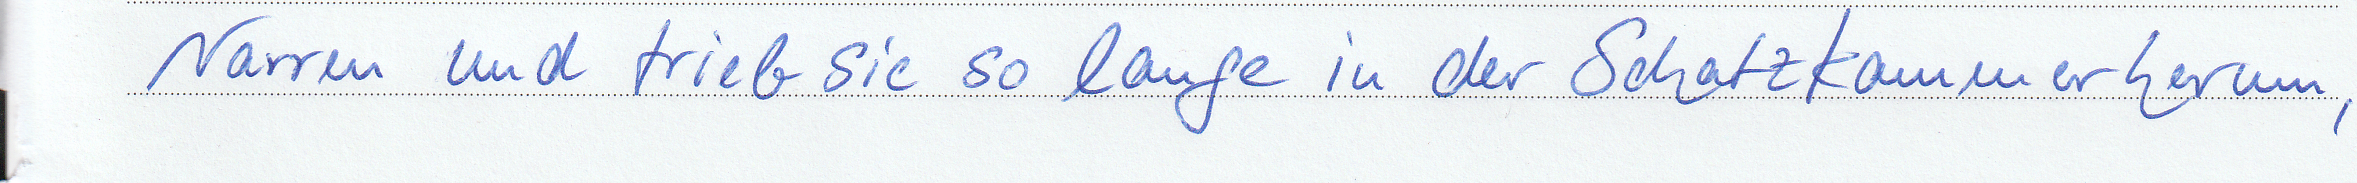
Narren und trieb sie so lange in der Schatzkammer herum,